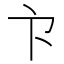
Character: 𭅳